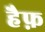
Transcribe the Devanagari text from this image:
हैफ़